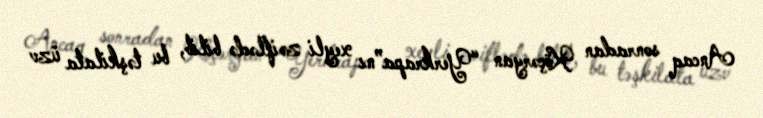
Ancaq sonradan Köçəryan “Yerkrapa”nı xeyli zəiflədə bilib, bu təşkilata üzv